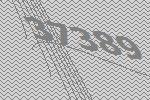
37389